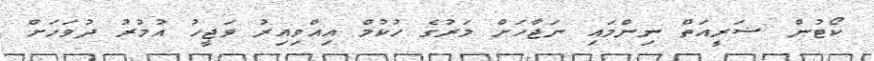
ކޯޓުން ޝަރީއަތް ނިންމައި ނަޖާހަށް މަރުގެ ހުކުމް އިއްވިއިރު ވަޖީހު އުމުރު ދުވަހަށް